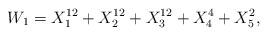
LaTeX: \begin{align*}W_{1} = X_{1}^{12}+X_{2}^{12}+X_{3}^{12}+X_{4}^{4}+X_{5}^{2},\end{align*}